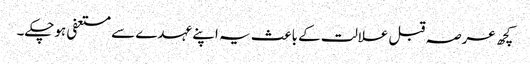
کچھ عرصہ قبل علالت کے باعث یہ اپنے عہدے سے مستعفی ہوچکے۔